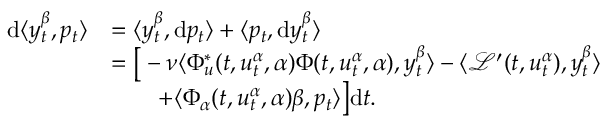
\begin{array} { r l } { \mathrm { d } \langle y _ { t } ^ { \beta } , p _ { t } \rangle } & { = \langle y _ { t } ^ { \beta } , \mathrm { d } p _ { t } \rangle + \langle p _ { t } , \mathrm { d } y _ { t } ^ { \beta } \rangle } \\ & { = \big [ - \nu \langle \Phi _ { u } ^ { \ast } ( t , u _ { t } ^ { \alpha } , \alpha ) \Phi ( t , u _ { t } ^ { \alpha } , \alpha ) , y _ { t } ^ { \beta } \rangle - \langle \mathcal { L } ^ { \prime } ( t , u _ { t } ^ { \alpha } ) , y _ { t } ^ { \beta } \rangle } \\ & { \qquad + \langle \Phi _ { \alpha } ( t , u _ { t } ^ { \alpha } , \alpha ) \beta , p _ { t } \rangle \big ] \mathrm { d } t . } \end{array}